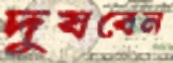
দুষবেন